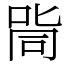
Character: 㖰